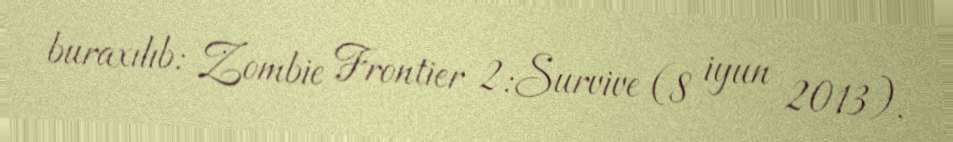
buraxılıb: Zombie Frontier 2:Survive (8 iyun 2013).